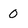
Character: 0